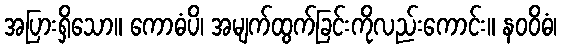
အပြားရှိသော။ ကောဓံပိ၊ အမျက်ထွက်ခြင်းကိုလည်းကောင်း။ နဝဝိဓံ၊